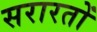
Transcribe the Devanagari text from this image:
सरारतों